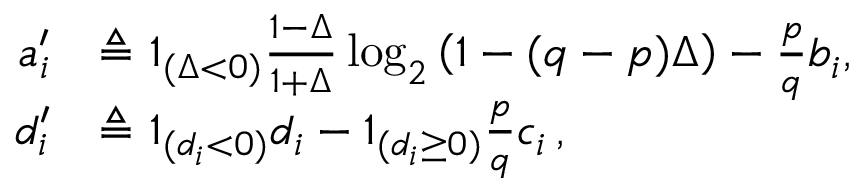
\begin{array} { r l } { a _ { i } ^ { \prime } } & { \triangleq \mathbb { 1 } _ { ( \Delta < 0 ) } \frac { 1 - \Delta } { 1 + \Delta } \log _ { 2 } \left( 1 - ( q - p ) \Delta \right) - \frac { p } { q } b _ { i } , } \\ { d _ { i } ^ { \prime } } & { \triangleq \mathbb { 1 } _ { ( d _ { i } < 0 ) } d _ { i } - \mathbb { 1 } _ { ( d _ { i } \ge 0 ) } \frac { p } { q } c _ { i } \, , } \end{array}